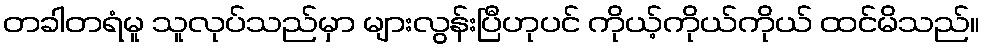
တခါတရံမူ သူလုပ်သည်မှာ များလွန်းပြီဟုပင် ကိုယ့်ကိုယ်ကိုယ် ထင်မိသည်။